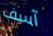
آسف